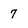
Character: 7